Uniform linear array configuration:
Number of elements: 32
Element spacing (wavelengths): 0.25
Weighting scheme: kaiser
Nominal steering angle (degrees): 0
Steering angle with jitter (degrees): -0.3049
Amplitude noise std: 0.05
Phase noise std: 0.05

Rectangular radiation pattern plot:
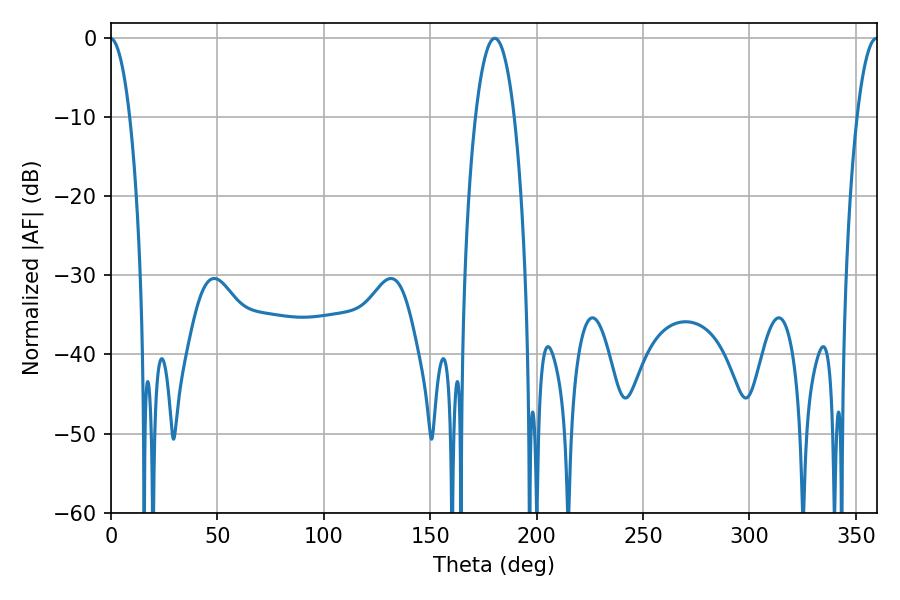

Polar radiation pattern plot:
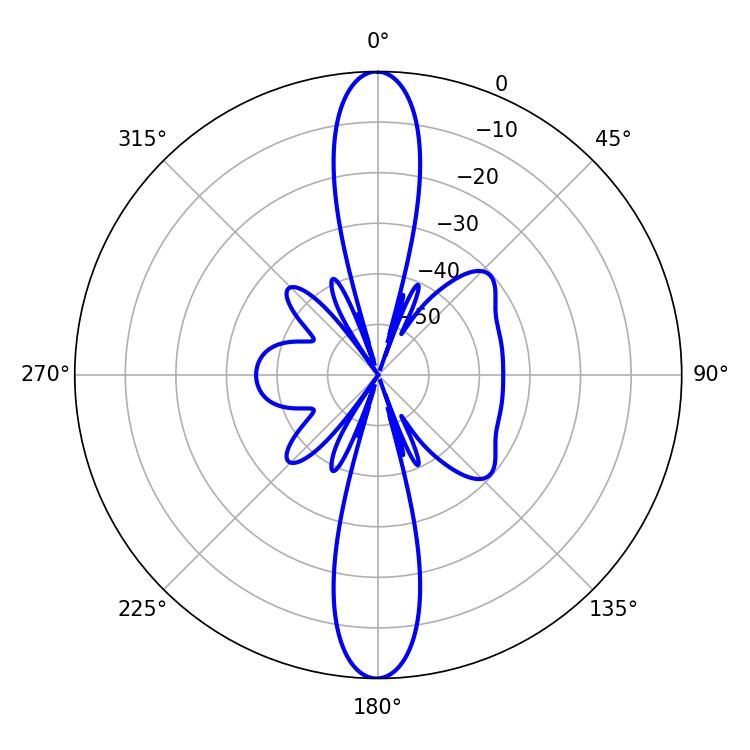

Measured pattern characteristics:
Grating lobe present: FALSE
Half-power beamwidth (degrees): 10.08
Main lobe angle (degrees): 180.36